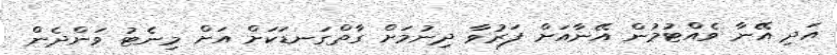
އަދި އޭނާ ވެއްޓުމުން އޭނާއަށް ފަރުވާ ދިނުމަށް ގާތްގަނޑަކަށް އަށް މިނެޓު ވަންދެން